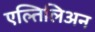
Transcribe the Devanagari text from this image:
एल्तिलिअन